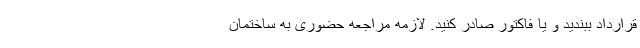
قرارداد ببندید و یا فاکتور صادر کنید. لازمه مراجعه حضوری به ساختمان